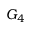
G _ { 4 }